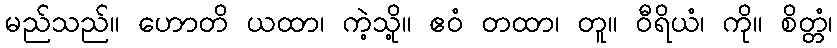
မည်သည်။ ဟောတိ ယထာ၊ ကဲ့သို့။ ဧဝံ တထာ၊ တူ။ ဝီရိယံ၊ ကို။ စိတ္တံ၊